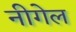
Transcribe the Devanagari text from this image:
नीगेल